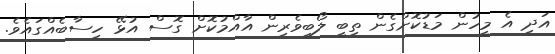
އަދި އެ މީހުން މަޑުކޮށްގެން ތިބީ ލޯބިވެެރިން އާއްމުކޮށް ގޮސް އުޅޭ ހިސާބެއްގައެވެ.